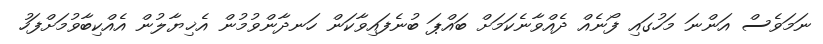
ނަމަވެސް އަންނަ މަހުގައި ފޯނެއް ދެއްވާނެކަމަށް ބައްޕަ ބުނެފައިވާކަން ހަނދާންވުމުން އެޚިޔާލުން އެއްކިބާވުމަށްފަހު